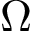
{ \boldsymbol \Omega }